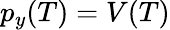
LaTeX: p_{y}(T)=V(T)